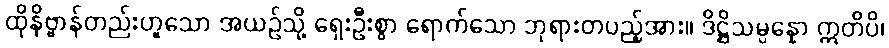
ထိုနိဗ္ဗာန်တည်းဟူသော အယဉ်သို့ ရှေးဦးစွာ ရောက်သော ဘုရားတပည့်အား။ ဒိဋ္ဌိသမ္ပန္နော ဣတိပိ၊